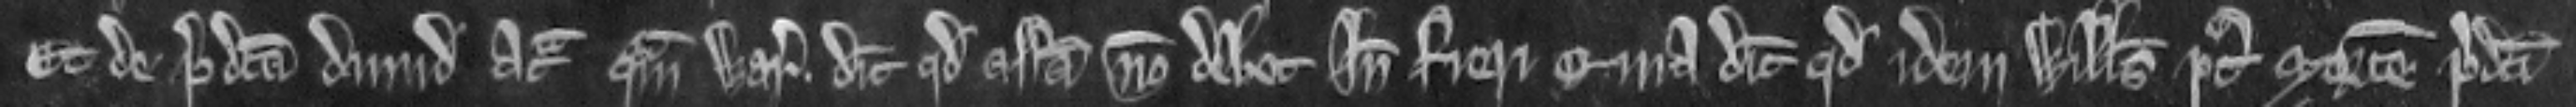
Et de predicta dimidia quam warantizant dicunt quod assisa non debet inde fieri quia dicunt quod idem Willelmus post mortem predicti